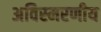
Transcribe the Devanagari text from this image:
अविस्‍मरणीय